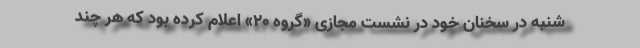
شنبه در سخنان خود در نشست مجازی «گروه ۲۰» اعلام کرده بود که هر چند